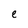
Character: e